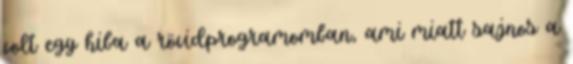
volt egy hiba a rövidprogramomban, ami miatt sajnos a